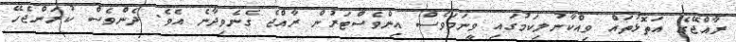
ރާއްޖޭގެ އަތޮޅުތައް ވިއްކާނުލިކަމުގައި ވީނަމަވެސް އިންވެސްޓަރުން ރާއްޖެ ގެނެވިދާނެ އެވެ. ދެންވެސް ކުރަންޖެހޭ